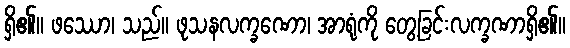
ရှိ၏။ ဖဿော၊ သည်။ ဖုသနလက္ခဏော၊ အာရုံကို တွေ့ခြင်းလက္ခဏာရှိ၏။